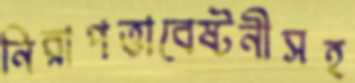
নিরাপত্তাবেষ্টনীসহ